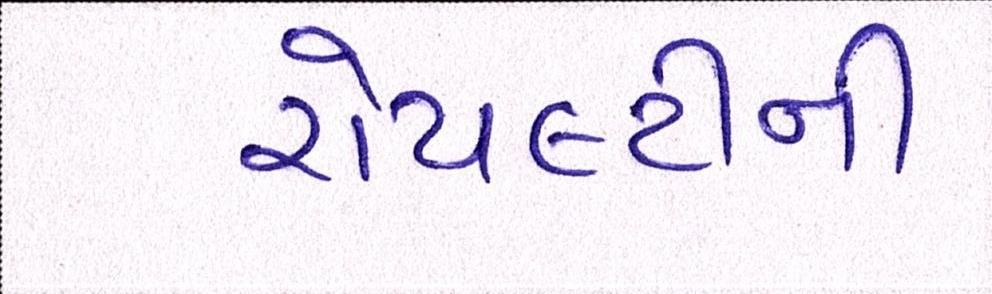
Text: રોયલ્ટીની